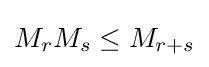
M_{r}M_{s}\leq M_{r+s}